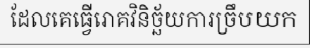
ដែលគេធ្វើរោគវិនិច្ឆ័យការច្រឹបយក